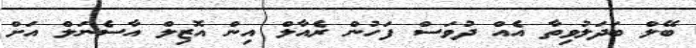
ބޭލް ބަދަލުވިތާ އެއް ދުވަސް ފަހުން ރެއާލް އިން އޮޒިލް އާސެނަލް އަށް